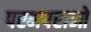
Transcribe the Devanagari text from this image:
परमपराओ